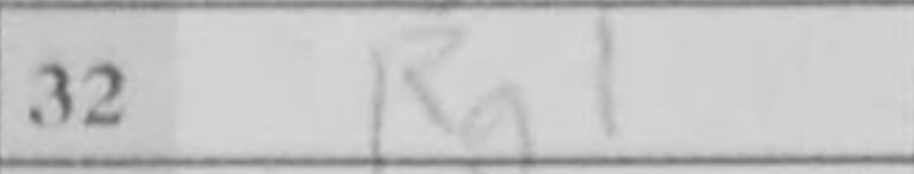
Transcription: Rg1